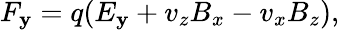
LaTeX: F_{\mathbf{y}}=q(E_{\mathbf{y}}+v_{z}B_{x}-v_{x}B_{z}),